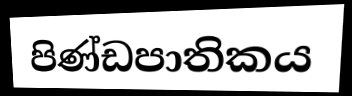
පිණ්ඩපාතිකය